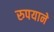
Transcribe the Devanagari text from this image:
रुपयाने